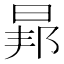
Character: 𭦐